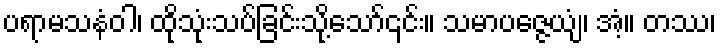
ပရာမသနံဝါ၊ ထိုသုံးသပ်ခြင်းသို့သော်၎င်း။ သမာပဇ္ဇေယျံ၊ အံ့။ တဿ၊